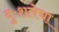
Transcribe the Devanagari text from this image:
दुःशलेचा